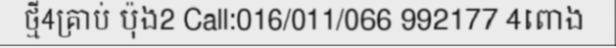
ថ្មី4គ្រាប់ ប៉ុង2 Call:016/011/066 992177 4ពោង